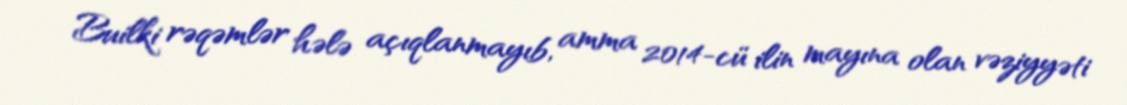
Builki rəqəmlər hələ açıqlanmayıb, amma 2014-cü ilin mayına olan vəziyyəti